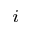
_ i